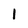
Character: 1